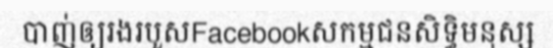
បាញ់ឲ្យរងរបួសFacebookសកម្មជនសិទ្ធិមនុស្ស